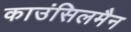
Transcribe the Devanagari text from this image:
काउंसिलमैन